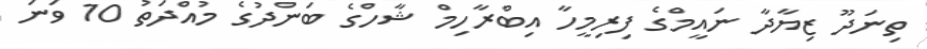
ތިނަދޫ ޒިޔާދާ ނައީމްގެ ފިރިމީހާ އިބްރާހިމް ޝާހްގެ ބަންދުގެ މުއްދަތު 10 ވަނަ